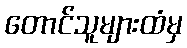
တောင်သူများထံမှ